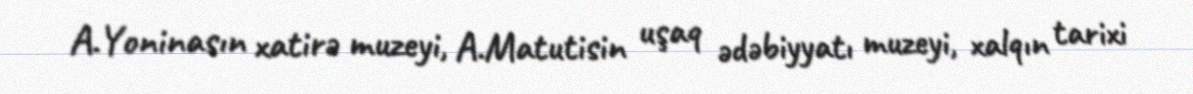
A.Yoninasın xatirə muzeyi, A.Matutisin uşaq ədəbiyyatı muzeyi, xalqın tarixi